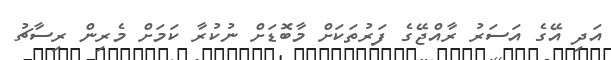
އަދި އޭގެ އަސަރު ރާއްޖޭގެ ފަރުތަކަށް މާބޮޑަށް ނުކުރާ ކަމަށް މެރިން ރިސާޗު